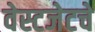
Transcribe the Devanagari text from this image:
वेस्टजेटचे